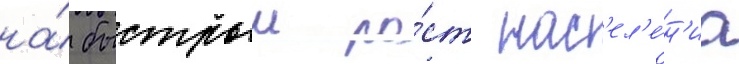
на́ быстрыи ро́ст нас'ел'е́н'иа